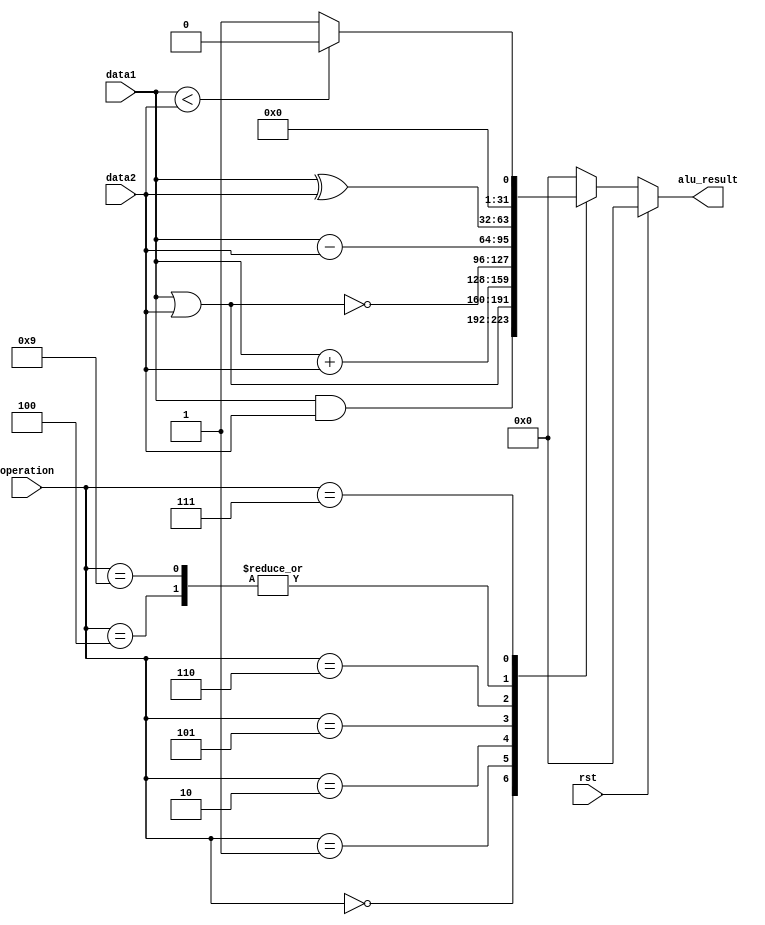
`timescale 1ns / 1ps

module alu #(parameter ANCHO_BUS = 32)( 
    input rst,
	 input [ANCHO_BUS-1:0] data1,  		// Primera entrada de datos.
	 input [ANCHO_BUS-1:0] data2,
	 input [3:0] operation,				// eleccion de la operacion 
    output reg[ANCHO_BUS-1:0] alu_result	// Salida de la operacion de la ALU
	 );
	
	 always @(*) begin
		if (rst == 1) begin
			alu_result 	= 0;
		end
		else begin
			case(operation)
				4'b0000: begin
							alu_result = data1 & data2;
							end
				4'b0001: begin
							alu_result = data1 | data2; 
							end
				4'b0010: begin
							alu_result = data1 + data2; // load or store
							end
				4'b0100: begin
							alu_result = data1 ^ data2; // rs XOR rt
							end
				4'b0101: begin
							alu_result = ~(data1 | data2);  // rs NOR rt 
							end
				4'b0110: begin
							alu_result = data1 - data2; // branch equal
							end
				4'b1001: begin
							alu_result = data1 ^ data2; //rt XOR inmediato
							end
				4'b0111: begin
								if(data1 < data2)
									begin
										alu_result = 0;
									end
								else
									begin
										alu_result = 1;
									end
							end
				default :begin 
								alu_result = 0;
							end
			endcase
		end
	end
	
endmodule